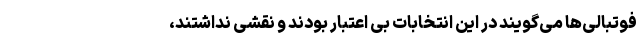
فوتبالی‌ها می‌گویند در این انتخابات بی اعتبار بودند و نقشی نداشتند،